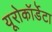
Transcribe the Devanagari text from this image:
यूरोकॉर्डेटा